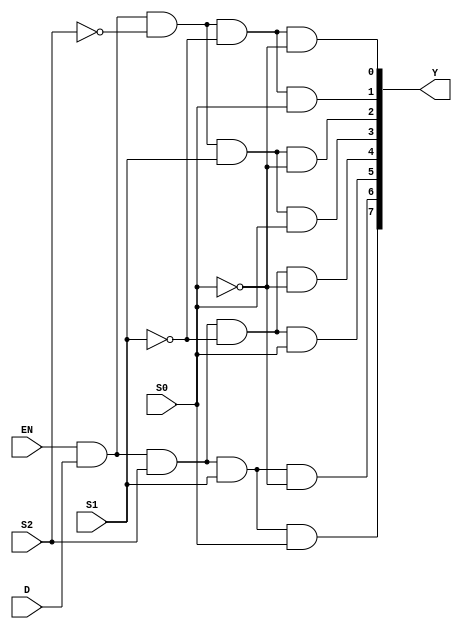
module demux1to4 (
    input D,
    input S0,
    input S1,
    input S2,
    input EN,
    output [7:0] Y
);
    wire nS0, nS1, nS2;

    not (nS0, S0);
    not (nS1, S1);
    not (nS2, S2);
    and (Y[0], EN, D, nS2, nS1, nS0);
    and (Y[1], EN, D, nS2, nS1, S0);
    and (Y[2], EN, D, nS2, S1, nS0);
    and (Y[3], EN, D, nS2, S1, S0);
    and (Y[4], EN, D, S2, nS1, nS0);
    and (Y[5], EN, D, S2, nS1, S0);
    and (Y[6], EN, D, S2, S1, nS0);
    and (Y[7], EN, D, S2, S1, S0);
endmodule